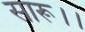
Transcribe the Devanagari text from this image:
सारू।।